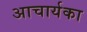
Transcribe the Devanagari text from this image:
अाचार्यका